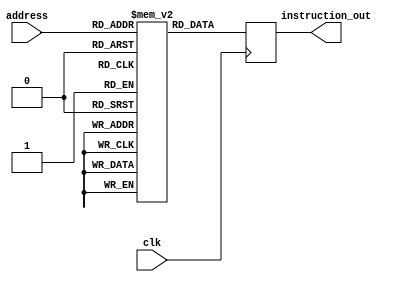
`timescale 1ns / 1ps
//////////////////////////////////////////////////////////////////////////////////
// Company: 
// Engineer: 
// 
// Design Name: 
// Module Name: InstructionMem
// Project Name: 
// Target Devices: 
// Tool Versions: 
// Description: 
// 
// Dependencies: 
// 
// Revision:
// Revision 0.01 - File Created
// Additional Comments:
// 
//////////////////////////////////////////////////////////////////////////////////


module InstructionMem(address,clk,instruction_out);

input clk;
input [7:0] address;

output reg[31:0] instruction_out;

reg [31:0] block[255:0];
initial begin
    block[0] = 123;
    block[5] = 15;
    block[10] = 69;
end

always @(posedge clk) begin
    instruction_out = block[address];
end

endmodule